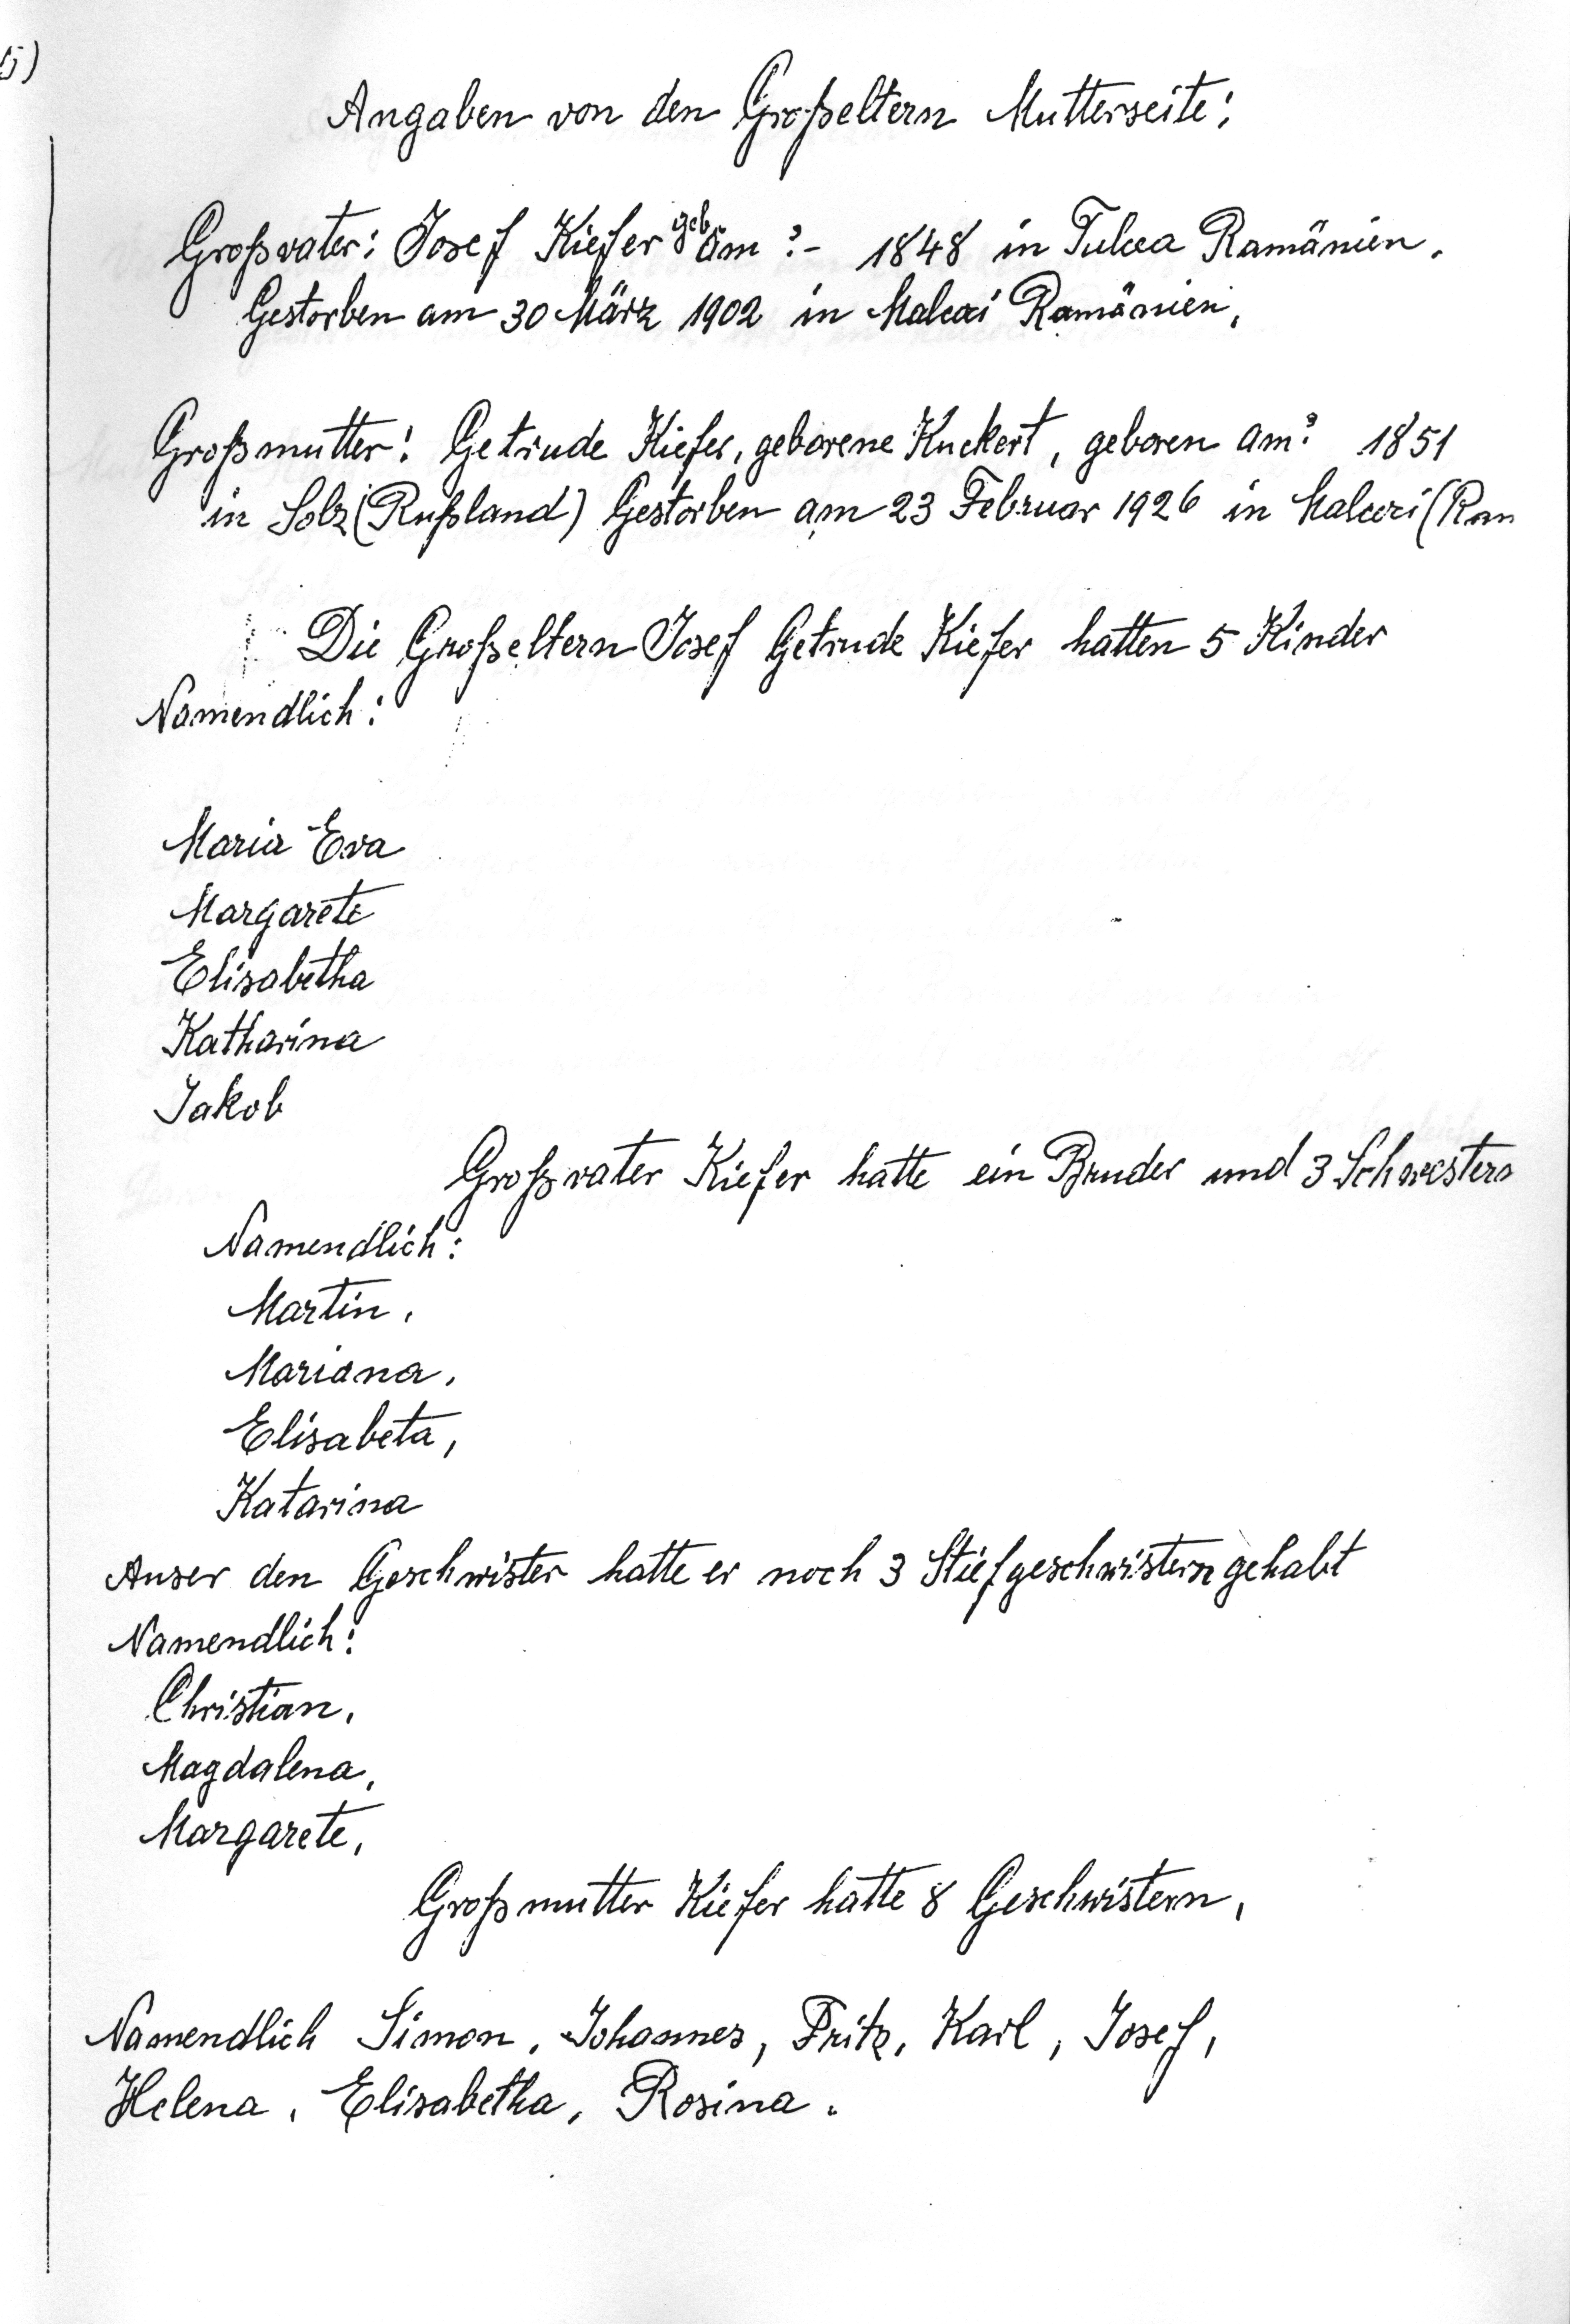
Angaben von den Großeltern Mutterseite:
Großvater: Josef Kiefer am 1848 in Tulcea Rumänien.
Gestorben am 30 März 1902 in Malcoci Romänien
Großmutter: Getrude Kiefer, geborene Kuckert, geboren am ? 1851
in Solz (Rußland) Gestorben am 23. Februar 1926 in Malcoci (Rum
Die Großeltern Josef Getrude Kiefer hatten 5 Kinder
Namendlich:
Maria Eva
Margarete
Elisabetha
Katharina
Jakob
Großvater Kiefer hatte ein Bruder und 3 Schwestern
Namendlich:
Martin,
Mariana,
Elisabeta,
Katarina
Auser den Geschwister hatte er noch 3 Stiefgeschwistern gehabt
Namendlich:
Christian,
Magdalena.
Margarete
Großmutter Kiefer hatte 8 Geschwistern,
Namendlich Simon, Johannes, Fritz, Karl, Josef,
Helena, Elisabetha, Rosina